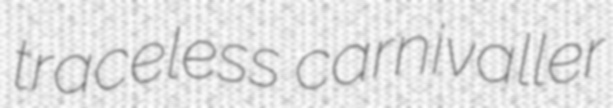
traceless carnivaller